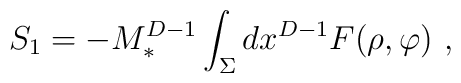
S_1 =-M_*^{D-1} \int_\Sigma dx^{D-1} F(\rho,\varphi)~,